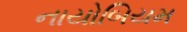
નાયોબિયમ